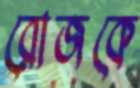
রোজকে